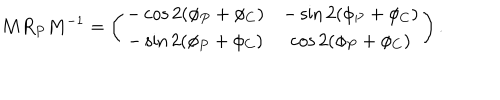
M R _ { P } M ^ { - 1 } = \left( \begin{array} { c c } { { - \cos 2 ( \phi _ { P } + \phi _ { C } ) } } & { { - \sin 2 ( \phi _ { P } + \phi _ { C } ) } } \\ { { - \sin 2 ( \phi _ { P } + \phi _ { C } ) } } & { { \cos 2 ( \phi _ { P } + \phi _ { C } ) } } \\ \end{array} \right) .